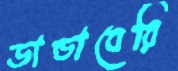
ডান্ডাবেরি